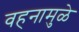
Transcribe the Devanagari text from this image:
वहनामुळे